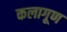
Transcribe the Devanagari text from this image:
कलागूण